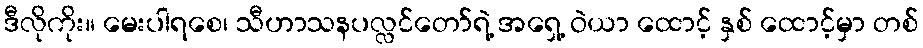
ဒီလိုကိုး။ မေးပါရစေ၊ သီဟာသနပလ္လင်တော်ရဲ့ အရှေ့ ဝဲယာ ထောင့် နှစ် ထောင့်မှာ တစ်